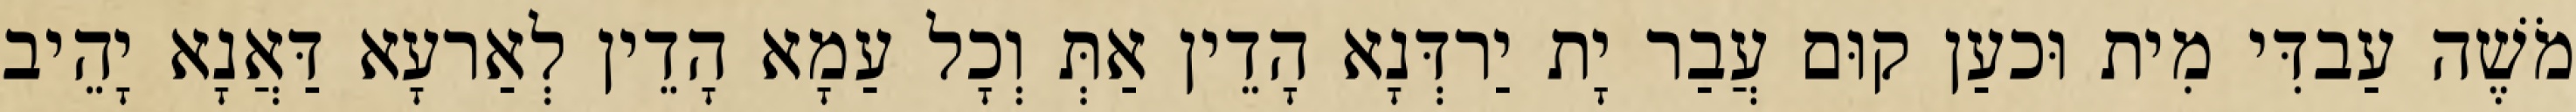
מֹשֶׁה עַבדִּי מִית וּכעַן קוּם עֲבַר יָת יַרדְּנָא הָדֵין אַתְּ וְכָל עַמָא הָדֵין לְאַרעָא דַּאֲנָא יָהֵיב